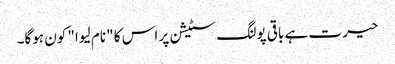
حیرت ہے باقی پولنگ سٹیشن پر اس کا "نام لیوا" کون ہوگا۔